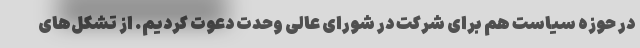
در حوزه سیاست هم برای شرکت در شورای عالی وحدت دعوت کردیم. از تشکل‌های